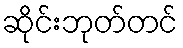
ဆိုင်းဘုတ်တင်